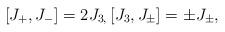
LaTeX: \begin{align*}\left[ J_{+},J_{-}\right] =2J_{3,}\left[ J_{3},J_{\pm}\right]=\pm J_{\pm}, \end{align*}